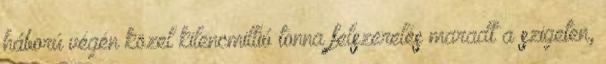
háború végén közel kilencmillió tonna felszerelés maradt a szigeten,